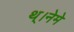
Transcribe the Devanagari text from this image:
थ्।नेमे